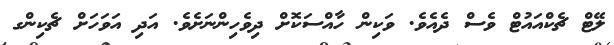
ލޭޓް ޗެކްއައުޓް ވެސް ދެއެވެ. ވަކިން ހާއްސަކޮށް ދިވެހިންނަށެވެ. އަދި އަވަހަށް ޗެކިންގ